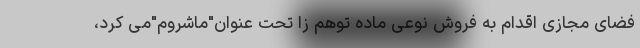
فضای مجازی اقدام به فروش نوعی ماده توهم زا تحت عنوان"ماشروم"می کرد،